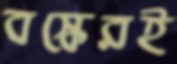
বস্কেরই